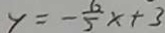
y = - \frac { 6 } { 5 } x + 3